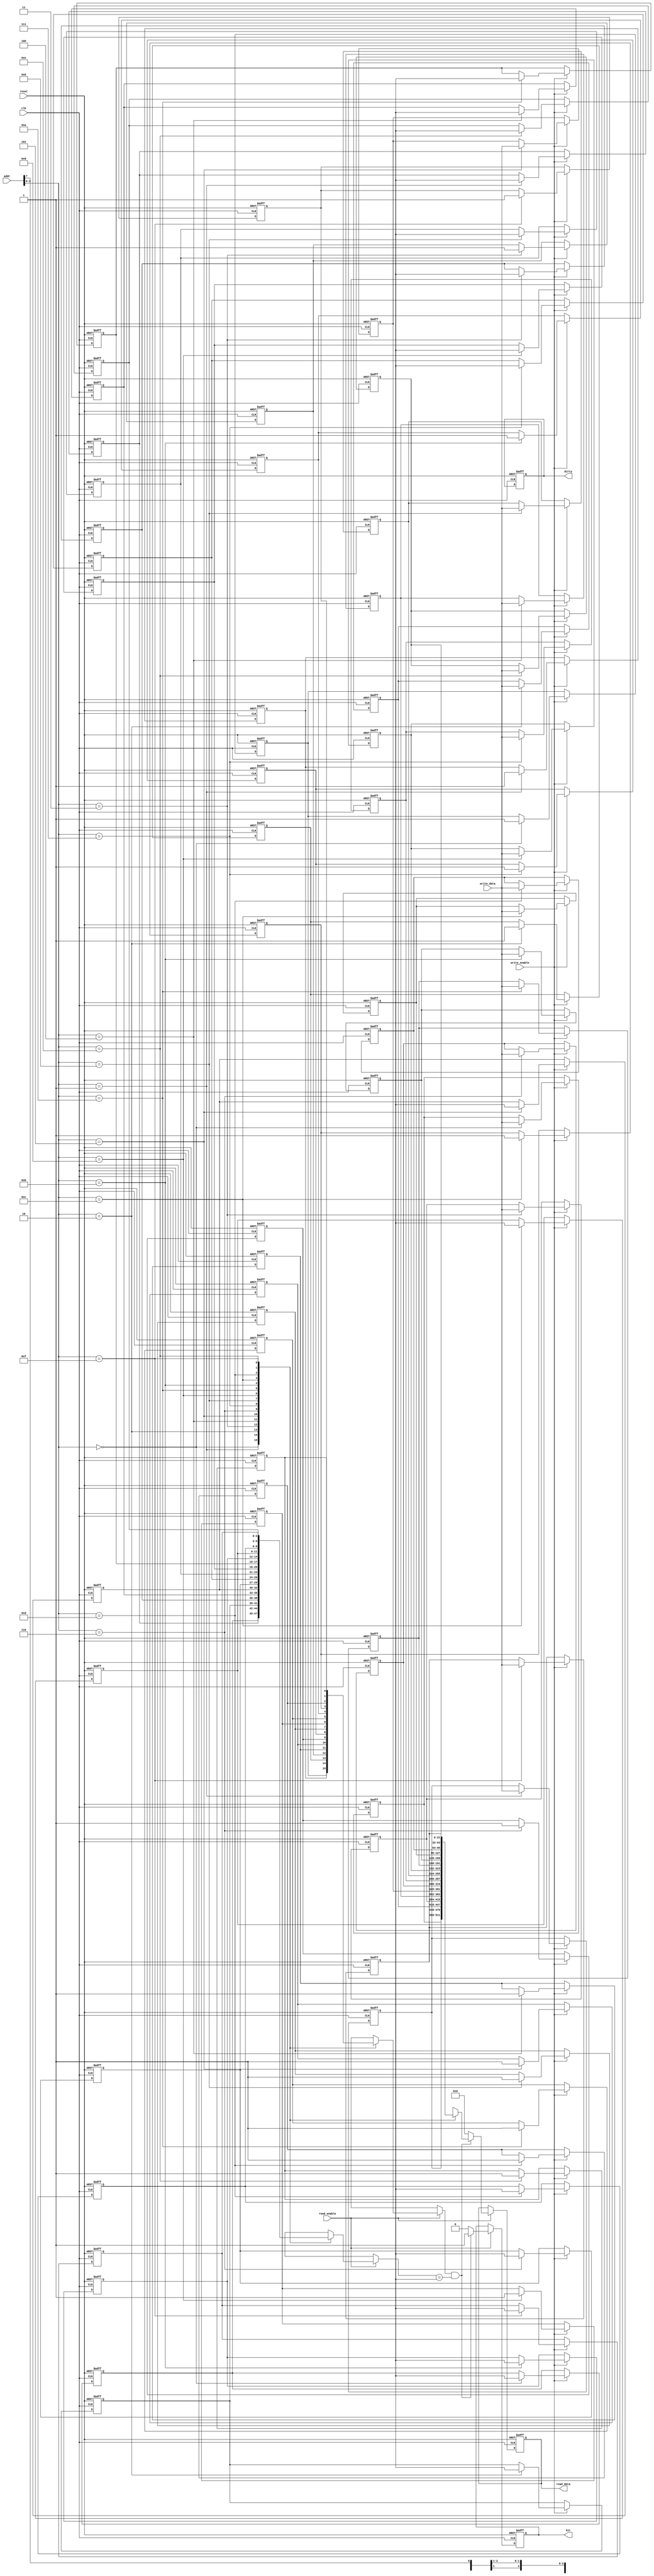
module PrivateCache #(
    parameter CACHE_SIZE = 16, // Number of lines in cache
    parameter LINE_SIZE = 32,   // Number of bytes in each line
    parameter ADDR_WIDTH = 8     // Address width (for addressing cache)
)(
    input wire clk,
    input wire reset,
    input wire [ADDR_WIDTH-1:0] addr,       // Address for read/write
    input wire [LINE_SIZE-1:0] write_data,   // Data to write
    input wire read_enable,
    input wire write_enable,
    output reg [LINE_SIZE-1:0] read_data,    // Data read from cache
    output reg hit,                           // Cache hit flag
    output reg dirty                          // Dirty flag for write-back
);

    // Constants
    localparam TAG_WIDTH = ADDR_WIDTH - $clog2(CACHE_SIZE) - $clog2(LINE_SIZE);
    
    // Cache line structure
    reg [TAG_WIDTH-1:0] tag_array[CACHE_SIZE-1:0]; // Tags
    reg [LINE_SIZE-1:0] data_array[CACHE_SIZE-1:0]; // Cache data
    reg valid_array[CACHE_SIZE-1:0]; // Valid bits
    reg dirty_array[CACHE_SIZE-1:0]; // Dirty bits

    // Cache index and tag extraction
    wire [CACHE_SIZE-1:0] index = addr[$clog2(CACHE_SIZE)-1:0];
    wire [TAG_WIDTH-1:0] tag = addr[ADDR_WIDTH-1: $clog2(CACHE_SIZE) + $clog2(LINE_SIZE)];

    integer i;

    // Initialization on reset
    always @(posedge clk or posedge reset) begin
        if (reset) begin
            for (i = 0; i < CACHE_SIZE; i = i + 1) begin
                valid_array[i] <= 0;
                dirty_array[i] <= 0;
                tag_array[i] <= 0;
                data_array[i] <= 0;
            end
            hit <= 0;
            read_data <= 0;
            dirty <= 0;
        end else begin
            // Read operation
            if (read_enable) begin
                if (valid_array[index] && (tag_array[index] == tag)) begin
                    read_data <= data_array[index];
                    hit <= 1;
                end else begin
                    hit <= 0;
                    read_data <= 0; // Cache miss
                end
            end
            
            // Write operation
            if (write_enable) begin
                data_array[index] <= write_data;
                tag_array[index] <= tag;
                valid_array[index] <= 1;
                dirty_array[index] <= 1; // Mark as dirty
            end
            
            // Handle flushing to main memory if needed (simplified example)
            // In a real design, you would need to implement the logic
            // for a write-back approach and flushing on eviction.
            if (dirty_array[index]) begin
                // Logic to write back to main memory if evicted; simplified here.
                dirty_array[index] <= 0; // Clear the dirty bit after writing back.
            end
        end
    end
endmodule